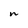
Character: n